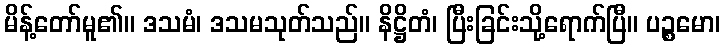
မိန့်တော်မူ၏။ ဒသမံ၊ ဒသမသုတ်သည်။ နိဋ္ဌိတံ၊ ပြီးခြင်းသို့ရောက်ပြီ။ ပဉ္စမော၊